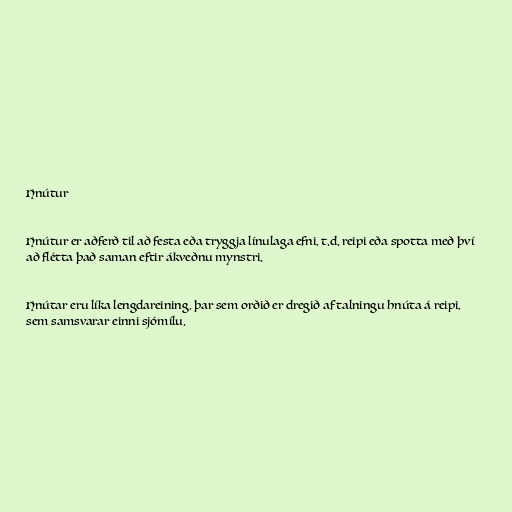
Hnútur

Hnútur er aðferð til að festa eða tryggja línulaga efni, t.d. reipi eða spotta með því
að flétta það saman eftir ákveðnu mynstri.

Hnútar eru líka lengdareining, þar sem orðið er dregið af talningu hnúta á reipi,
sem samsvarar einni sjómílu.